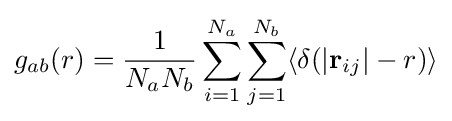
g_{ab}(r)={\frac {1}{N_{a}N_{b}}}\sum \limits _{i=1}^{N_{a}}\sum \limits _{j=1}^{N_{b}}\langle \delta (\vert \mathbf {r} _{ij}\vert -r)\rangle